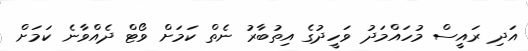
އަދި ރައީސް މުހައްމަދު ވަހީދުގެ އިތުބާރު ނެތް ކަމަށް ވޯޓް ދެއްވާނެ ކަމަށް